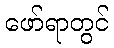
ဖော်ရာတွင်